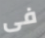
فى